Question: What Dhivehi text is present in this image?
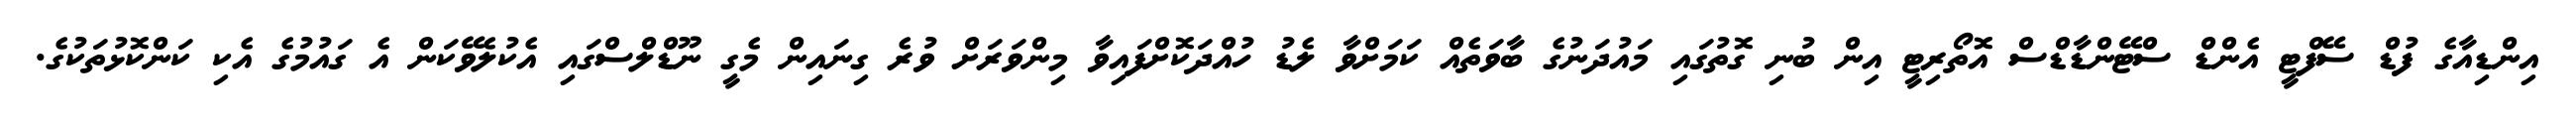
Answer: އިންޑިއާގެ ފުޑް ސޭފްޓީ އެންޑް ސްޓޭންޑާޑްސް އޮތޯރިޓީ އިން ބުނި ގޮތުގައި މައުދަނުގެ ބާވަތެއް ކަމަށްވާ ލެޑު ހުއްދަކޮށްފައިވާ މިންވަރަށް ވުރެ ގިނައިން މެގީ ނޫޑްލްސްގައި އެކުލެވޭކަން އެ ގައުމުގެ އެކި ކަންކޮޅުތަކުގެ.